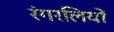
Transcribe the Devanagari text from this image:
रंगरलियों